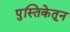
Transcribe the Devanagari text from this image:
पुस्तिकेतून